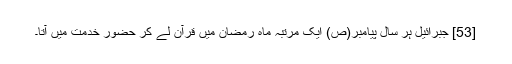
[53] جبرائیل ہر سال پیامبر(ص) ایک مرتبہ ماہ رمضان میں قرآن لے کر حضور خدمت میں آتا۔